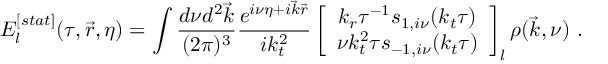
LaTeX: E _ { l } ^ { [ s t a t ] } ( \tau , { \vec { r } } , \eta ) = \int { \frac { d \nu d ^ { 2 } { \vec { k } } } { ( 2 \pi ) ^ { 3 } } } { \frac { e ^ { i \nu \eta + i { \vec { k } } { \vec { r } } } } { i k _ { t } ^ { 2 } } } \left[ \begin{array} { c } { { k _ { r } \tau ^ { - 1 } s _ { 1 , i \nu } ( k _ { t } \tau ) } } \\ { { \nu k _ { t } ^ { 2 } \tau s _ { - 1 , i \nu } ( k _ { t } \tau ) } } \end{array} \right] _ { l } \rho ( { \vec { k } } , \nu ) ~ .